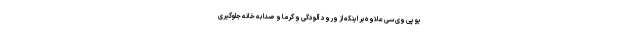
یو پی وی سی علاوه بر اینکه از ورود آلودگی و گرما و صدا به خانه جلوگیری